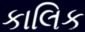
કાલિક